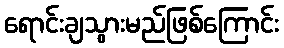
ရောင်းချသွားမည်ဖြစ်ကြောင်း